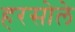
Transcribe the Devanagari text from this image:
हरसोले